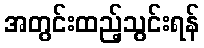
အတွင်းထည့်သွင်းရန်